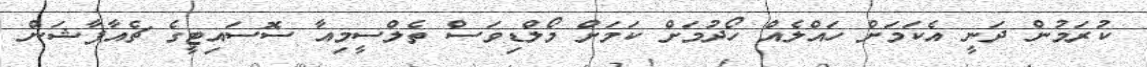
ކުރަމުން ދަނީ އެކަމަށް ހައްލެއް ހޯދުމަށް ކަމަށް މޯލްޑިވަސް ތެލްސީމިއާ ސޮސައިޓީގެ ޗެއާޕާޝަން